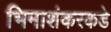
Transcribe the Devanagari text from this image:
भिमाशंकरकडे